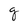
Character: g